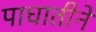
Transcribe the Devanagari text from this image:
पाधातीने